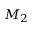
M _ { 2 }